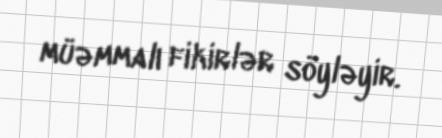
müəmmalı fikirlər söyləyir.